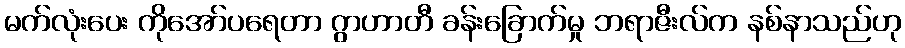
မက်လုံးပေး ကိုအော်ပရေတာ ဂွာဟာတီ ခန်းခြောက်မှု ဘရာဇီးလ်က နစ်နာသည်ဟု